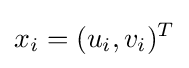
x_{i}=(u_{i},v_{i})^{T}